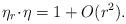
LaTeX: \begin{align*} \eta_r \!\cdot\! \eta = 1 + O(r^2) .\end{align*}